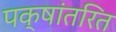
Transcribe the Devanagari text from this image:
पक्षांतरित